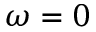
\omega = 0